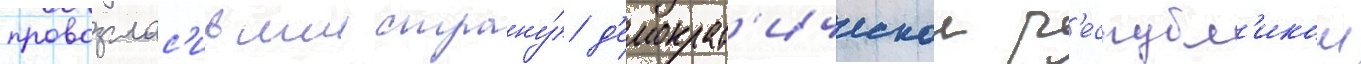
провозглас'ившии страну́ д'емократ'ическои р'еспубл'икои